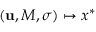
( { \bf u } , M , \boldsymbol { \sigma } ) \mapsto { \boldsymbol x } ^ { * }